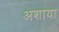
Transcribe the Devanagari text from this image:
अशाया